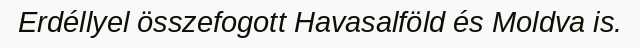
Erdéllyel összefogott Havasalföld és Moldva is.